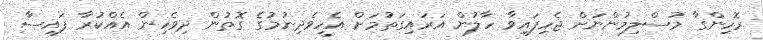
ރޮހިންގާ މުސްލިމުންނަށް ޖެހިފައިވާ ހާލުން އަރައިގަތުމަށް އެހީވެދިނުމުގެ ގޮތުން ދިވެހިން އެއްކުރާ ފައިސާ